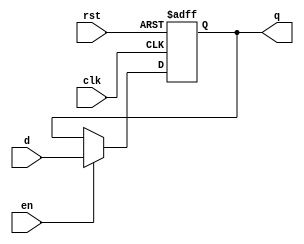
module Reg #(parameter WIDTH = 32) (clk, rst, d, en, q);
input clk;
input rst;
input [WIDTH-1:0] d;
input en;
output reg [WIDTH-1:0] q;

	always @(posedge clk or posedge rst) begin
		if (rst)
			q <= {WIDTH{1'b0}};
		else if(en)
			q <= d;
	end

endmodule